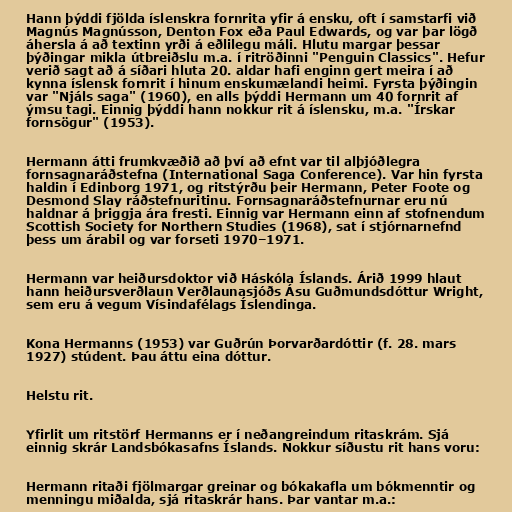
Hann þýddi fjölda íslenskra fornrita yfir á ensku, oft í samstarfi við
Magnús Magnússon, Denton Fox eða Paul Edwards, og var þar lögð
áhersla á að textinn yrði á eðlilegu máli. Hlutu margar þessar
þýðingar mikla útbreiðslu m.a. í ritröðinni "Penguin Classics". Hefur
verið sagt að á síðari hluta 20. aldar hafi enginn gert meira í að
kynna íslensk fornrit í hinum enskumælandi heimi. Fyrsta þýðingin
var "Njáls saga" (1960), en alls þýddi Hermann um 40 fornrit af
ýmsu tagi. Einnig þýddi hann nokkur rit á íslensku, m.a. "Írskar
fornsögur" (1953).

Hermann átti frumkvæðið að því að efnt var til alþjóðlegra
fornsagnaráðstefna (International Saga Conference). Var hin fyrsta
haldin í Edinborg 1971, og ritstýrðu þeir Hermann, Peter Foote og
Desmond Slay ráðstefnuritinu. Fornsagnaráðstefnurnar eru nú
haldnar á þriggja ára fresti. Einnig var Hermann einn af stofnendum
Scottish Society for Northern Studies (1968), sat í stjórnarnefnd
þess um árabil og var forseti 1970–1971.

Hermann var heiðursdoktor við Háskóla Íslands. Árið 1999 hlaut
hann heiðursverðlaun Verðlaunasjóðs Ásu Guðmundsdóttur Wright,
sem eru á vegum Vísindafélags Íslendinga.

Kona Hermanns (1953) var Guðrún Þorvarðardóttir (f. 28. mars
1927) stúdent. Þau áttu eina dóttur.

Helstu rit.

Yfirlit um ritstörf Hermanns er í neðangreindum ritaskrám. Sjá
einnig skrár Landsbókasafns Íslands. Nokkur síðustu rit hans voru:

Hermann ritaði fjölmargar greinar og bókakafla um bókmenntir og
menningu miðalda, sjá ritaskrár hans. Þar vantar m.a.: